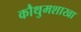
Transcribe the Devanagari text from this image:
कौथुमशाखा